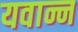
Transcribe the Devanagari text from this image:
यवान्न